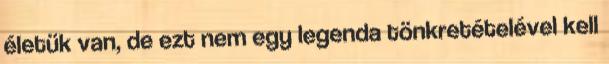
életük van, de ezt nem egy legenda tönkretételével kell